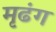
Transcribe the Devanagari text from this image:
मृढंग